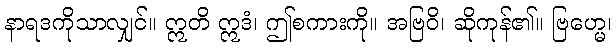
နာရဒကိုသာလျှင်။ ဣတိ ဣဒံ၊ ဤစကားကို။ အဗြဝိ၊ ဆိုကုန်၏။ ဗြဟ္မေ၊